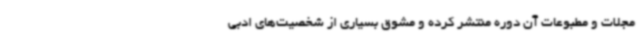
مجلات و مطبوعات آن دوره منتشر کرده و مشوق بسیاری از شخصیت‌های ادبی